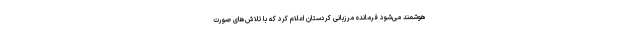
هوشمند می‌شود فرمانده مرزبانی کردستان اعلام کرد که با تلاش‌های صورت